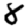
Digit: 8